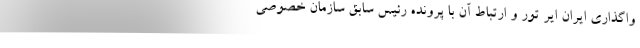
واگذاری ایران ایر تور و ارتباط آن با پرونده رئیس سابق سازمان خصوصی